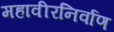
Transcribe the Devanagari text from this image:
महावीरनिर्वाण